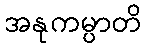
အနုကမ္ပာတိ